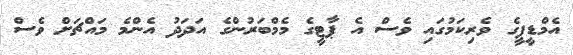
އެމްޑީޕީގެ ވެރިކަމުގައި ވެސް އެ ޕާޓީގެ މެމްބަރުންގެ އަދަދު އެންމެ މައްޗަށް ވެސް